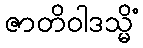
ဇာတိဝါဒသ္မိံ